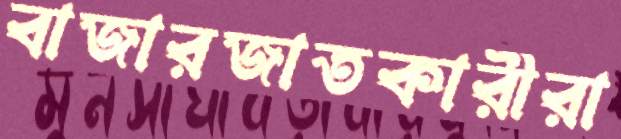
বাজারজাতকারীরা